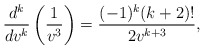
\begin{align*} \frac{d^k}{dv^k}\left(\frac{1}{v^3}\right)=\frac{(-1)^k(k+2)!}{2v^{k+3}},\end{align*}